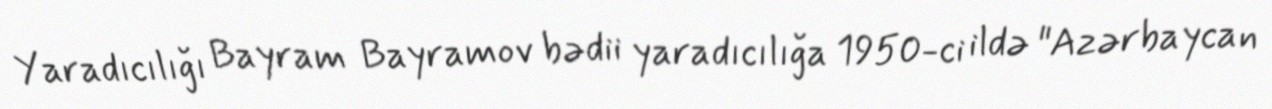
Yaradıcılığı Bayram Bayramov bədii yaradıcılığa 1950-ci ildə "Azərbaycan